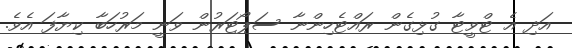
އަދި އެ ޓްވީޓާ ގުޅިގެން ރައްޓެހިންނާ ސަޕޯޓަރުން ވަނީ މަރުހަބާ ކިޔާފަ އެވެ.